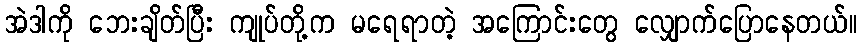
အဲဒါကို ဘေးချိတ်ပြီး ကျုပ်တို့က မရေရာတဲ့ အကြောင်းတွေ လျှောက်ပြောနေတယ်။